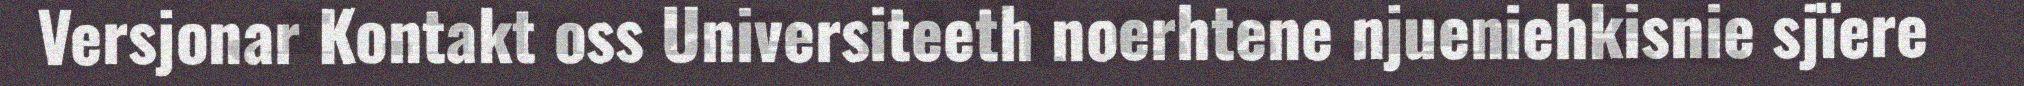
Versjonar Kontakt oss Universiteeth noerhtene njueniehkisnie sjïere